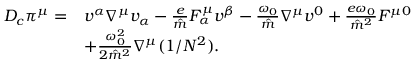
\begin{array} { r l } { D _ { c } \pi ^ { \mu } = } & { v ^ { \alpha } \nabla ^ { \mu } v _ { \alpha } - \frac { e } { \hat { m } } F _ { \alpha } ^ { \mu } v ^ { \beta } - \frac { \omega _ { 0 } } { \hat { m } } \nabla ^ { \mu } v ^ { 0 } + \frac { e \omega _ { 0 } } { \hat { m } ^ { 2 } } F ^ { \mu 0 } } \\ & { + \frac { \omega _ { 0 } ^ { 2 } } { 2 \hat { m } ^ { 2 } } \nabla ^ { \mu } ( 1 / N ^ { 2 } ) . } \end{array}